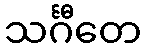
သင်္ဂီတေ